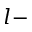
l -